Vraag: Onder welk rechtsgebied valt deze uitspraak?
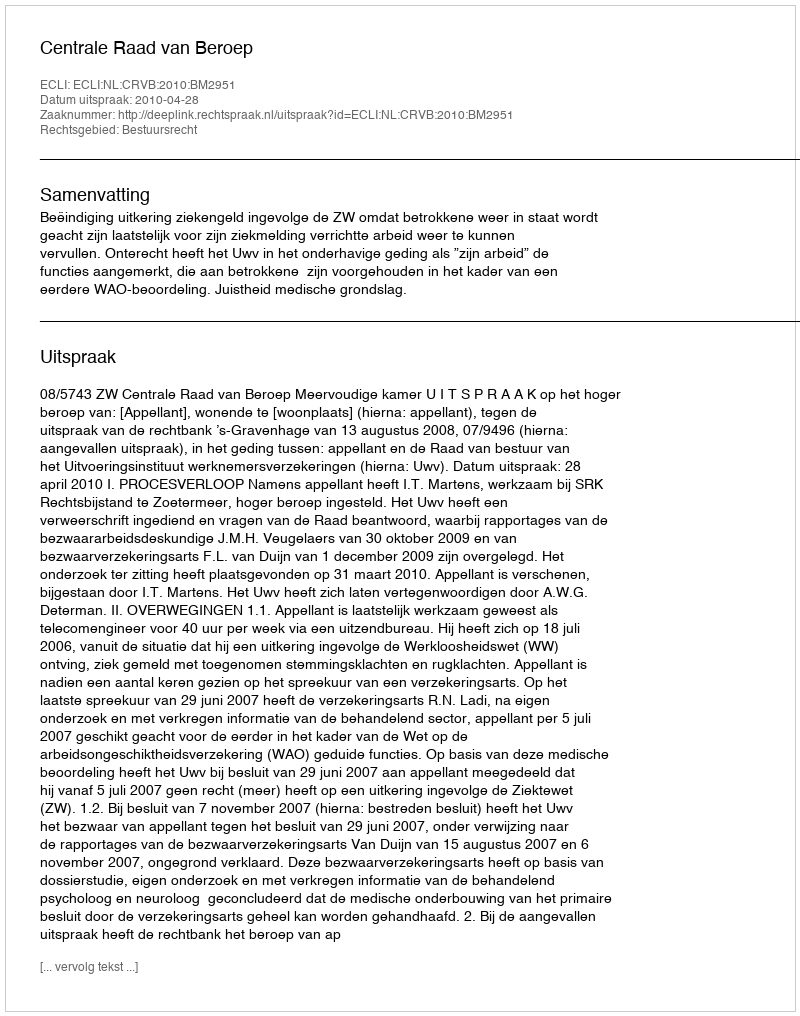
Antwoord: Bestuursrecht